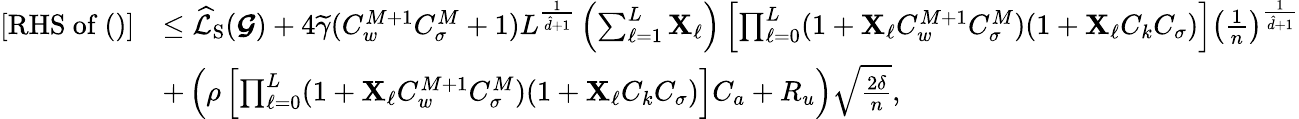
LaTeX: \begin{array}{rl}{[\mathrm{RHS~of~()}]}&{\leq\widehat{\mathcal{L}}_{\mathrm{S}}(\boldsymbol{\mathcal{G}})+4\widetilde{\gamma}(C_{w}^{M+1}C_{\sigma}^{M}+1)L^{\frac{1}{\hat{d}+1}}\left(\sum_{\ell=1}^{L}\boldsymbol{\mathrm{X}}_{\ell}\right)\left[\prod_{\ell=0}^{L}(1+\boldsymbol{\mathrm{X}}_{\ell}C_{w}^{M+1}C_{\sigma}^{M})(1+\boldsymbol{\mathrm{X}}_{\ell}C_{k}C_{\sigma})\right]\left(\frac{1}{n}\right)^{\frac{1}{\hat{d}+1}}}\\ &{+\left(\rho\left[\prod_{\ell=0}^{L}(1+\boldsymbol{\mathrm{X}}_{\ell}C_{w}^{M+1}C_{\sigma}^{M})(1+\boldsymbol{\mathrm{X}}_{\ell}C_{k}C_{\sigma})\right]C_{a}+R_{u}\right)\sqrt{\frac{2\delta}{n}},}\end{array}